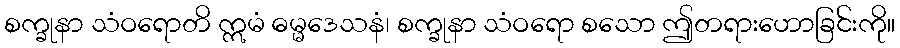
စက္ခုနာ သံဝရောတိ ဣမံ ဓမ္မဒေသနံ၊ စက္ခုနာ သံဝရော စသော ဤတရားဟောခြင်းကို။